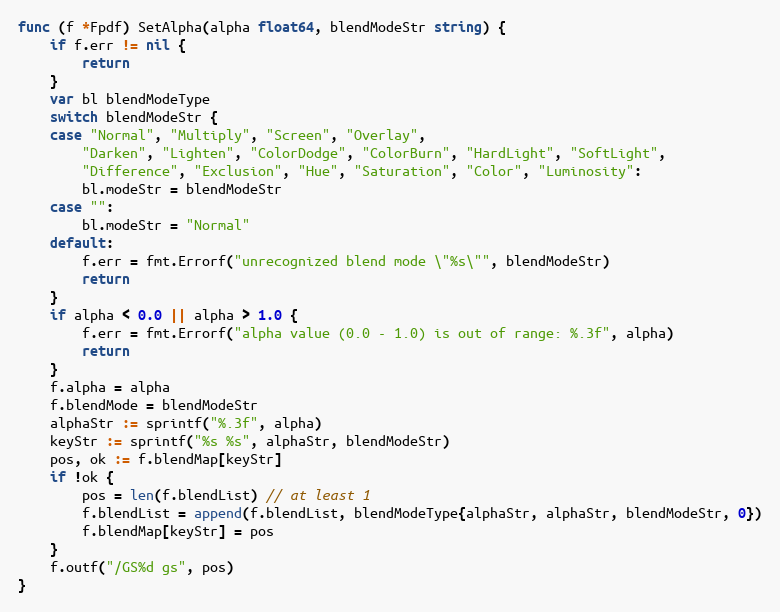
Language: Go
func (f *Fpdf) SetAlpha(alpha float64, blendModeStr string) {
	if f.err != nil {
		return
	}
	var bl blendModeType
	switch blendModeStr {
	case "Normal", "Multiply", "Screen", "Overlay",
		"Darken", "Lighten", "ColorDodge", "ColorBurn", "HardLight", "SoftLight",
		"Difference", "Exclusion", "Hue", "Saturation", "Color", "Luminosity":
		bl.modeStr = blendModeStr
	case "":
		bl.modeStr = "Normal"
	default:
		f.err = fmt.Errorf("unrecognized blend mode \"%s\"", blendModeStr)
		return
	}
	if alpha < 0.0 || alpha > 1.0 {
		f.err = fmt.Errorf("alpha value (0.0 - 1.0) is out of range: %.3f", alpha)
		return
	}
	f.alpha = alpha
	f.blendMode = blendModeStr
	alphaStr := sprintf("%.3f", alpha)
	keyStr := sprintf("%s %s", alphaStr, blendModeStr)
	pos, ok := f.blendMap[keyStr]
	if !ok {
		pos = len(f.blendList) // at least 1
		f.blendList = append(f.blendList, blendModeType{alphaStr, alphaStr, blendModeStr, 0})
		f.blendMap[keyStr] = pos
	}
	f.outf("/GS%d gs", pos)
}